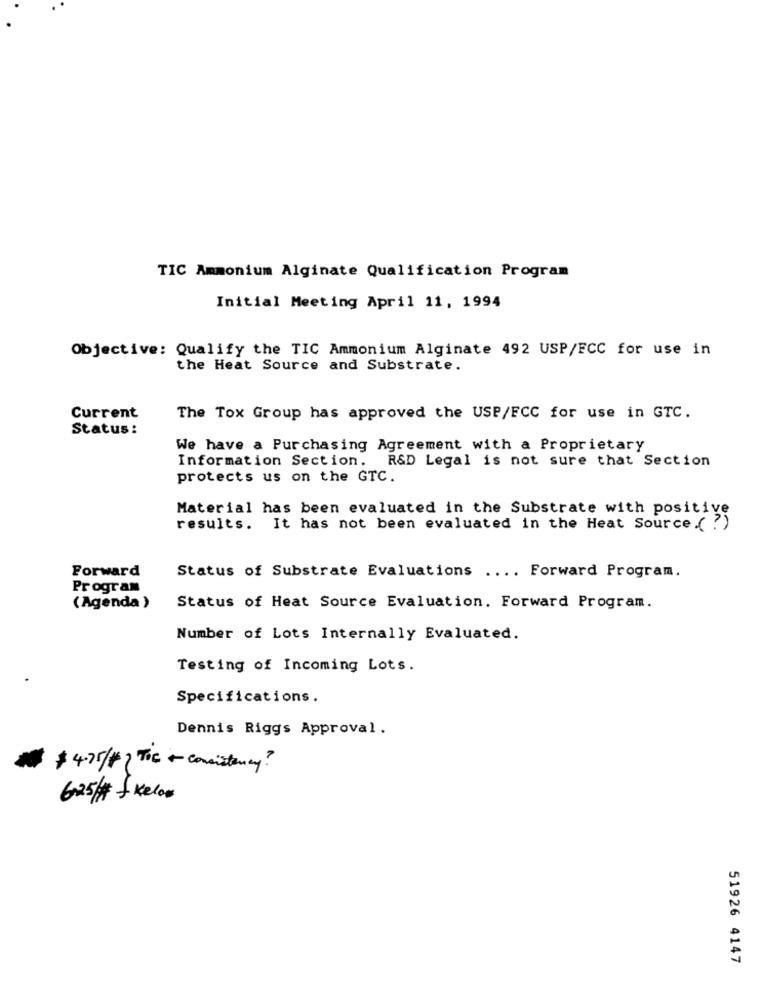
TIC Ammonium Alginate Qualification Program
Initial Meeting April 11, 1994
Objective: Qualify the TIC Ammonium Alginate 492 USP/FCC for use in
the Heat Source and Substrate.
Current
The Tox Group has approved the USP/FCC for use in GTC.
Status :
We have a Purchasing Agreement with a Proprietary
Information Section.
R&D Legal is not sure that Section
protects us on the GTC.
Material has been evaluated in the Substrate with positive
results. It has not been evaluated in the Heat Source ( ?)
Forward
Status of Substrate Evaluations .... Forward Program.
Program
(Agenda )
Status of Heat Source Evaluation. Forward Program.
Number of Lots Internally Evaluated.
Testing of Incoming Lots.
Specifications.
Dennis Riggs Approval.
$4.75/ TIC + Consistency?
625 # - kelow
51926 4147